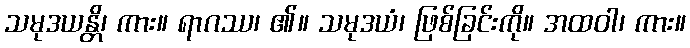
သမုဒယန္တိ၊ ကား။ ရာဂဿ၊ ၏။ သမုဒယံ၊ ဖြစ်ခြင်းကို။ အထဝါ၊ ကား။